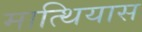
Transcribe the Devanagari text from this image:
मात्थियास